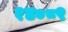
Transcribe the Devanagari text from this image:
१४०८९